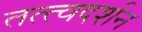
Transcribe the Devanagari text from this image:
तत्त्वदर्शन